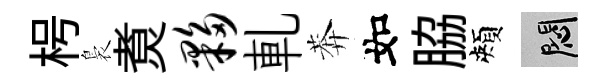
枵裊煑夥軋莾如脇頰悶